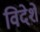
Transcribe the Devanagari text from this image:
विदेशें